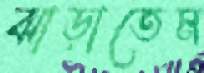
ঝাড়াতেম